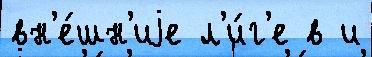
вн'е́шн'иjе л'и́г'е в и